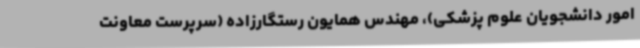
امور دانشجویان علوم پزشکی)، مهندس همایون رستگارزاده (سرپرست معاونت